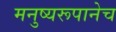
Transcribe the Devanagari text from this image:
मनुष्यरूपानेच